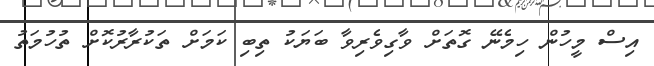
އިސް މީހުން ހިމެނޭ ގޮތަށް ވާގިވެރިވާ ބަޔަކު ތިބި ކަމަށް ތަކުރާރުކޮށް ތުހުމަތު